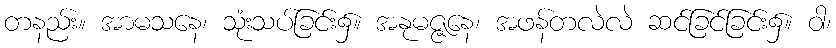
တနည်း။ အာမသနေ၊ သုံးသပ်ခြင်း၌။ အနုမဇ္ဇနေ၊ အဖန်တလဲလဲ ဆင်ခြင်ခြင်း၌။ ဝါ၊